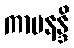
ကာမနန္ဒိ